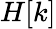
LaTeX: H[k]